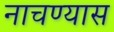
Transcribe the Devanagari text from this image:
नाचण्यास